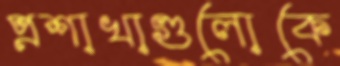
প্রশাখাগুলোকে